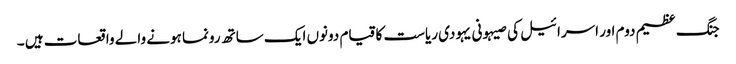
جنگ عظیم دوم اور اسرائیل کی صیہونی یہودی ریاست کا قیام دونوں ایک ساتھ رونما ہونے والے واقعات ہیں ۔